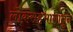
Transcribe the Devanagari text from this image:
लोकसहभागातुन